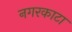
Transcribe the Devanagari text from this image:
नगरकाटा